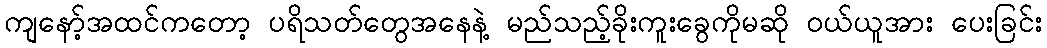
ကျနော့်အထင်ကတော့ ပရိသတ်တွေအနေနဲ့ မည်သည့်ခိုးကူးခွေကိုမဆို ဝယ်ယူအား ပေးခြင်း